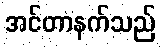
အင်တာနက်သည်